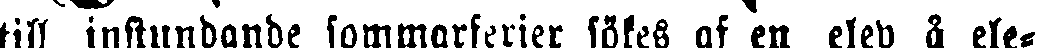
till instundande sommarferier sökes af en elev å ele-